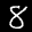
Label: 8